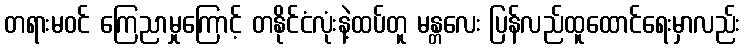
တရားမဝင် ကြေညာမှုကြောင့် တနိုင်ငံလုံးနဲ့ထပ်တူ မန္တလေး ပြန်လည်ထူထောင်ရေးမှာလည်း